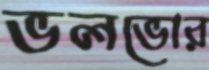
ভলভোর